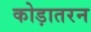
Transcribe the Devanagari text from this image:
कोड़ातरन